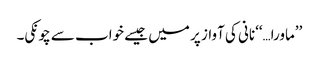
’’ماورا…‘‘نانی کی آواز پر میں جیسے خواب سے چونکی۔